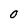
Character: 0